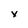
Character: x